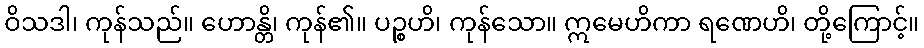
ဝိသဒါ၊ ကုန်သည်။ ဟောန္တိ၊ ကုန်၏။ ပဉ္စဟိ၊ ကုန်သော။ ဣမေဟိကာ ရဏေဟိ၊ တို့ကြောင့်။